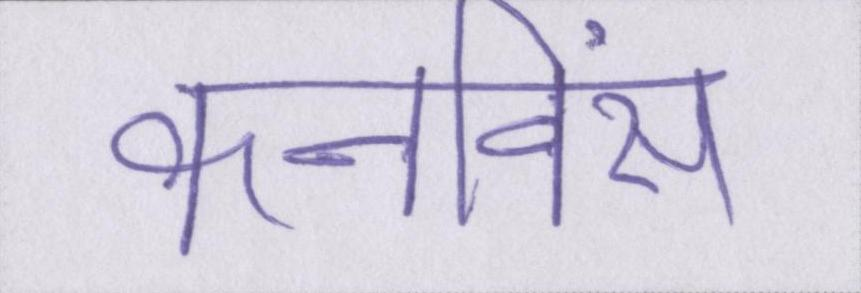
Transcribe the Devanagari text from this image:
कनविंस